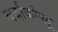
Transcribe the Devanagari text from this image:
बर्दाकोग्लू